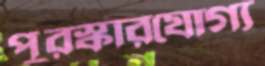
পুরস্কারযোগ্য